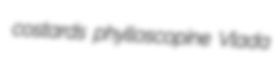
costards phylloscopine Vlada